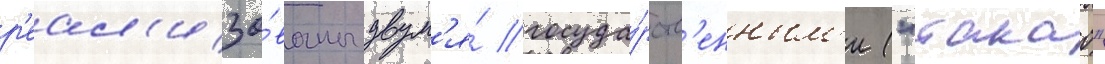
р'еал'изо́ваны двум'я́ госуда́рств'енным'и ("такао"